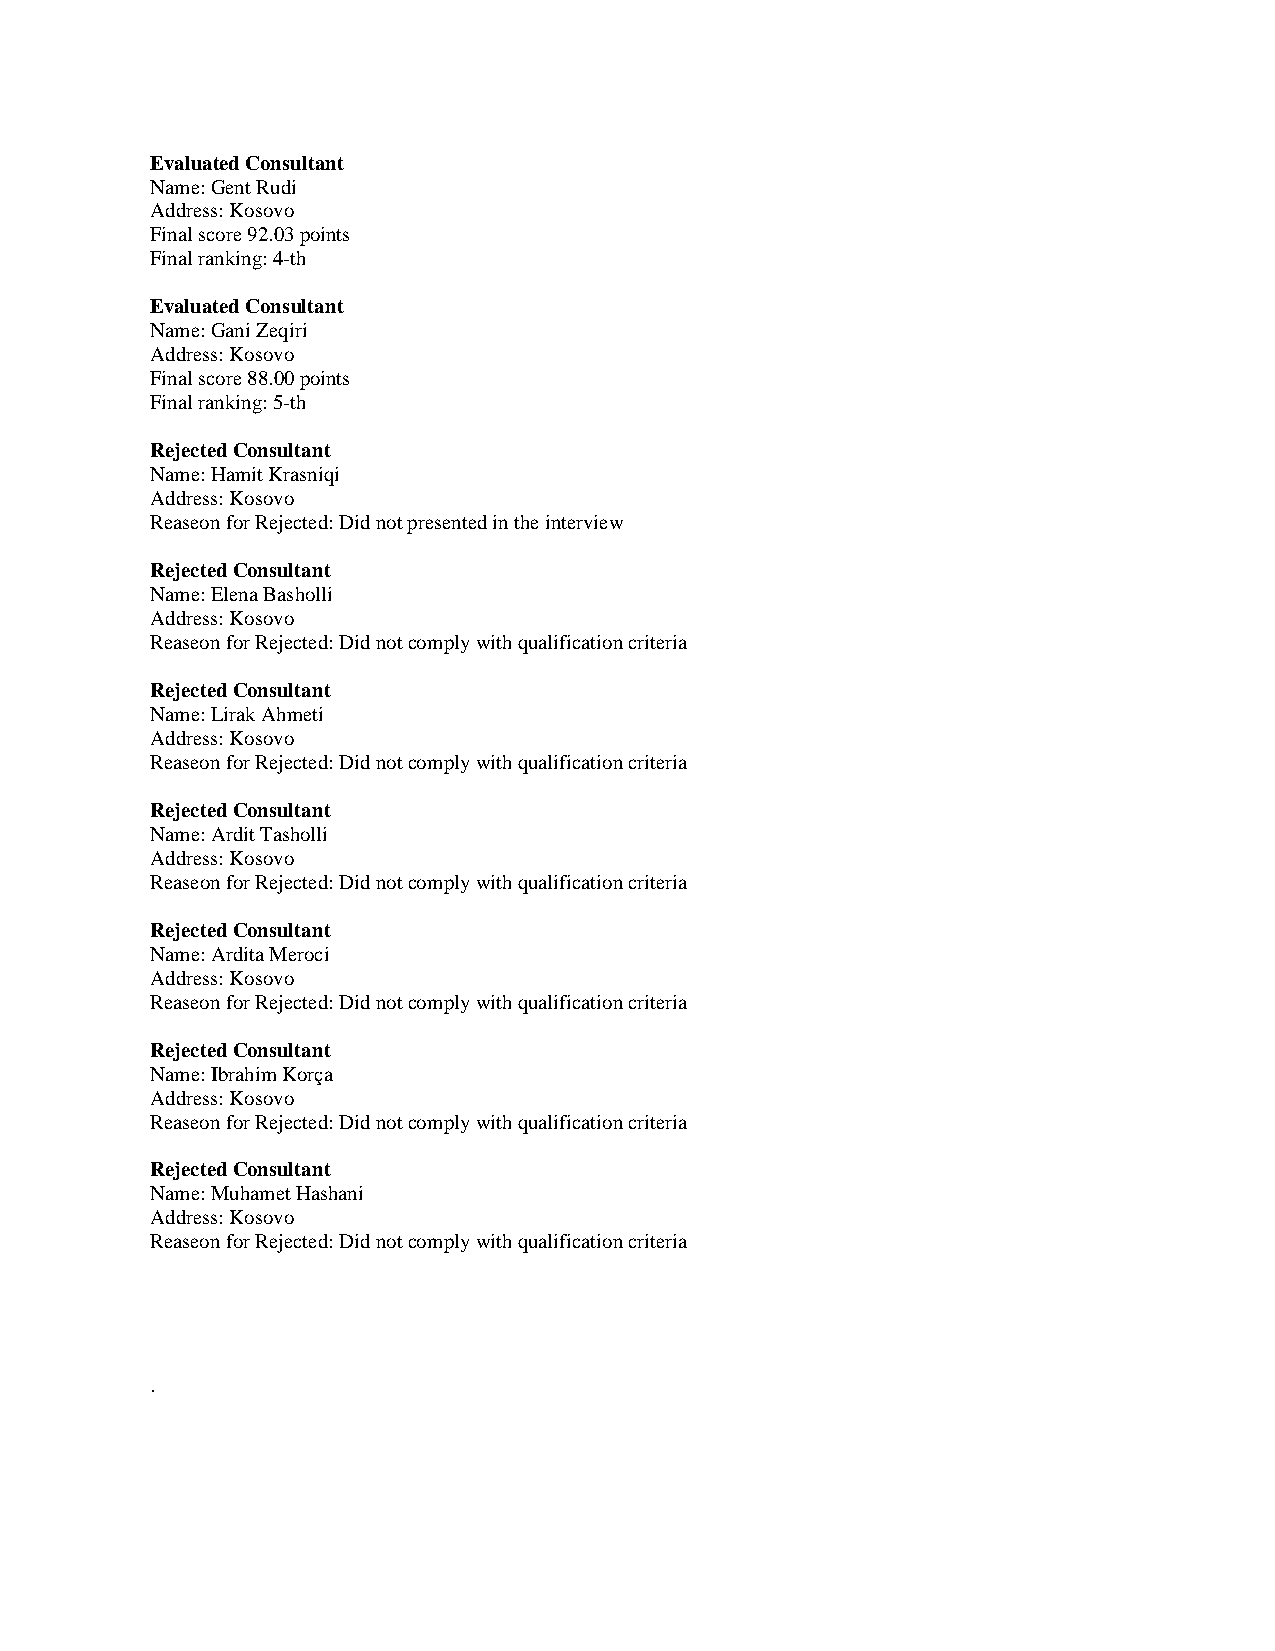
Evaluated Consultant
 Name: Gent Rudi
 Address: Kosovo
 Final score 92.03 points
 Final ranking: 4-th
 Evaluated Consultant
 Name: Gani Zeqiri
 Address: Kosovo
 Final score 88.00 points
 Final ranking: 5-th
 Rejected Consultant
 Name: Hamit Krasniqi
 Address: Kosovo
 Reaseon for Rejected: Did not presented in the interview
 Rejected Consultant
 Name: Elena Basholli
 Address: Kosovo
 Reaseon for Rejected: Did not comply with qualification criteria
 Rejected Consultant
 Name: Lirak Ahmeti
 Address: Kosovo
 Reaseon for Rejected: Did not comply with qualification criteria
 Rejected Consultant
 Name: Ardit Tasholli
 Address: Kosovo
 Reaseon for Rejected: Did not comply with qualification criteria
 Rejected Consultant
 Name: Ardita Meroci
 Address: Kosovo
 Reaseon for Rejected: Did not comply with qualification criteria
 Rejected Consultant
 Name: Ibrahim Korça
 Address: Kosovo
 Reaseon for Rejected: Did not comply with qualification criteria
 Rejected Consultant
 Name: Muhamet Hashani
 Address: Kosovo
 Reaseon for Rejected: Did not comply with qualification criteria
 .